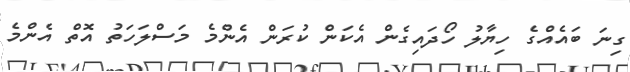
ގިނަ ބައެއްގެ ހިޔާލު ހޯދައިގެން އެކަން ކުރަން އެންމެ މަސްލަހަތު އޮތް އެންމެ